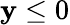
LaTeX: \mathbf{y}\le0